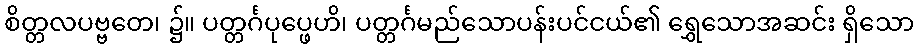
စိတ္တလပဗ္ဗတေ၊ ၌။ ပတ္တင်္ဂပုပ္ဖေဟိ၊ ပတ္တင်္ဂမည်သောပန်းပင်ငယ်၏ ရွှေသောအဆင်း ရှိသော